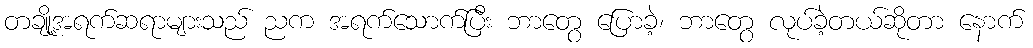
တချို့အရက်ဆရာများသည် ညက အရက်သောက်ပြီး ဘာတွေ ပြောခဲ့၊ ဘာတွေ လုပ်ခဲ့တယ်ဆိုတာ နောက်